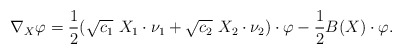
\begin{align*}\nabla_X \varphi = \frac{1}{2} (\sqrt{c_1}\ X_1 \cdot \nu_1 + \sqrt{c_2}\ X_2 \cdot \nu_2)\cdot\varphi - \frac{1}{2}B(X)\cdot \varphi.\end{align*}